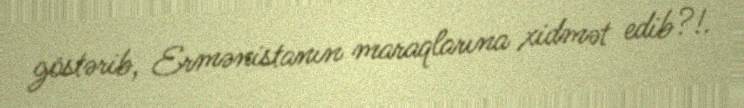
göstərib, Ermənistanın maraqlarına xidmət edib?!.